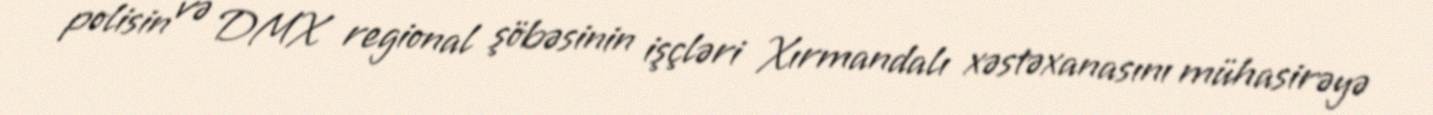
polisin və DMX regional şöbəsinin işçləri Xırmandalı xəstəxanasını mühasirəyə